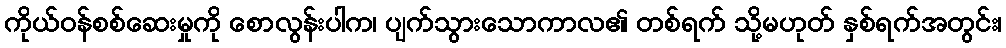
ကိုယ်ဝန်စစ်ဆေးမှုကို စောလွန်းပါက၊ ပျက်သွားသောကာလ၏ တစ်ရက် သို့မဟုတ် နှစ်ရက်အတွင်း၊